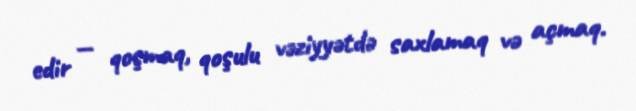
edir — qoşmaq, qoşulu vəziyyətdə saxlamaq və açmaq.